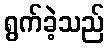
ရွက်ခဲ့သည်